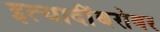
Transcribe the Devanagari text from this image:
इत्यादींबरोबर